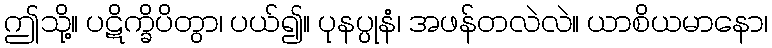
ဤသို့။ ပဋိက္ခိပိတွာ၊ ပယ်၍။ ပုနပ္ပုနံ၊ အဖန်တလဲလဲ။ ယာစိယမာနော၊